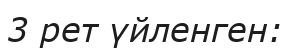
3 рет үйленген: